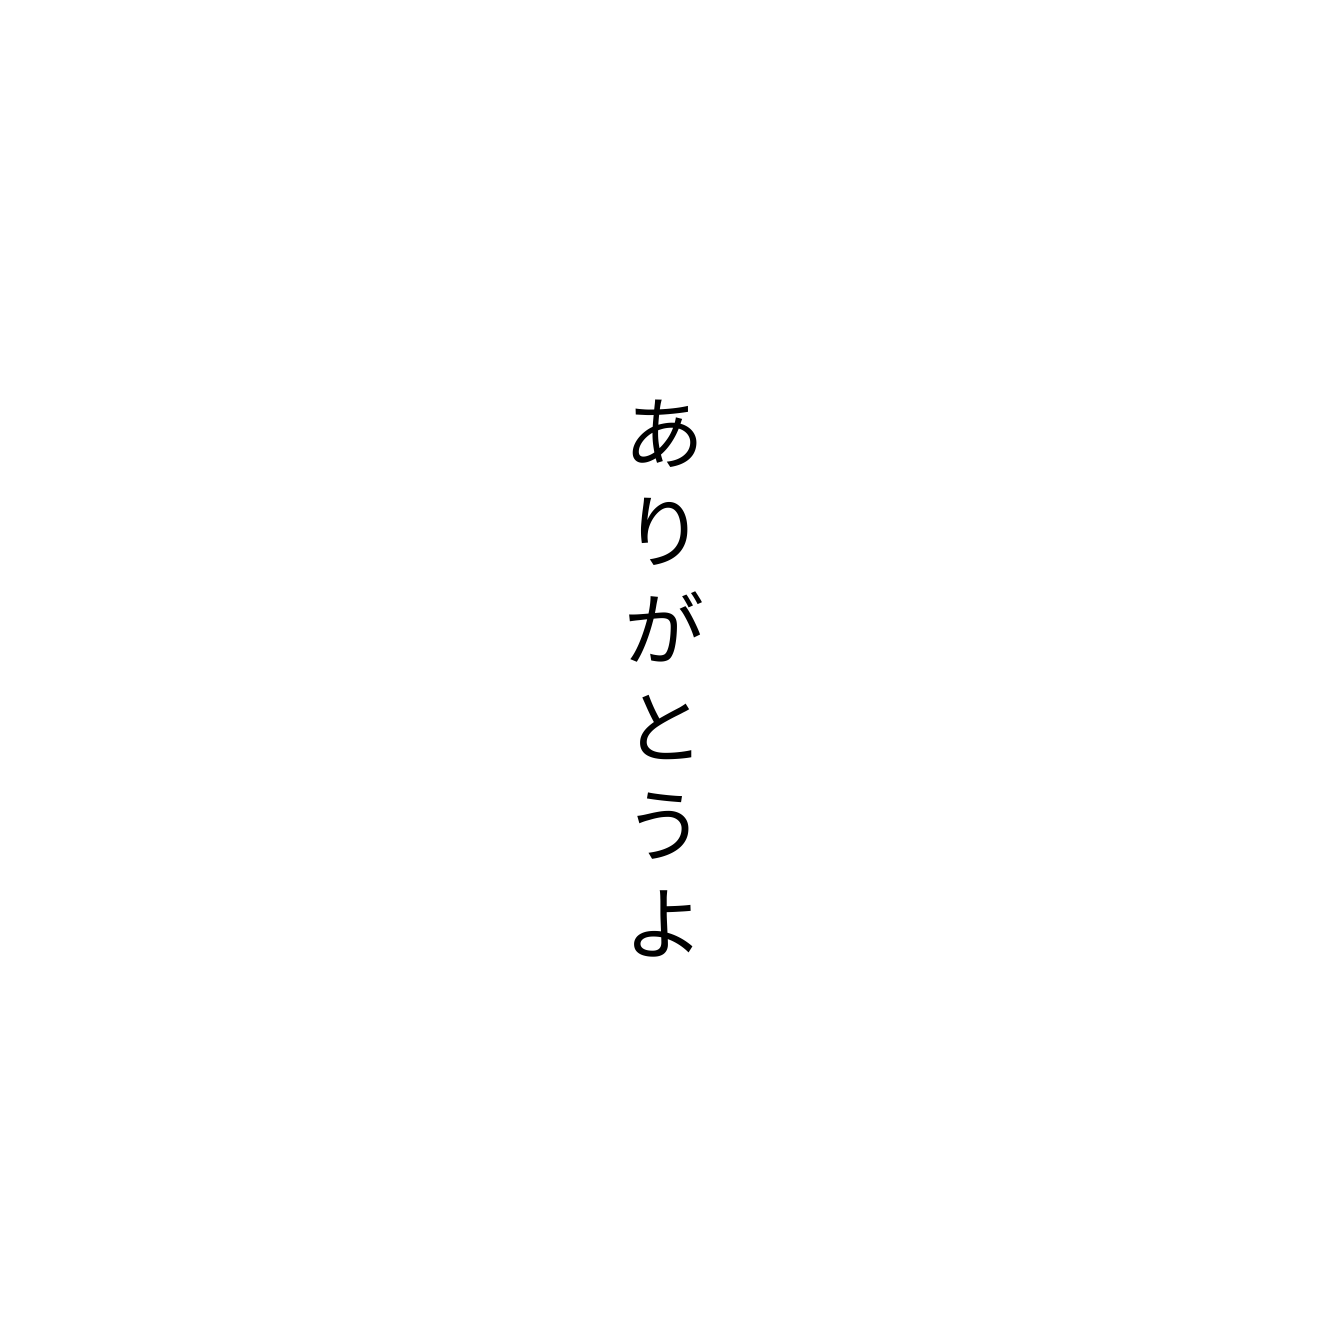
ありがとうよ